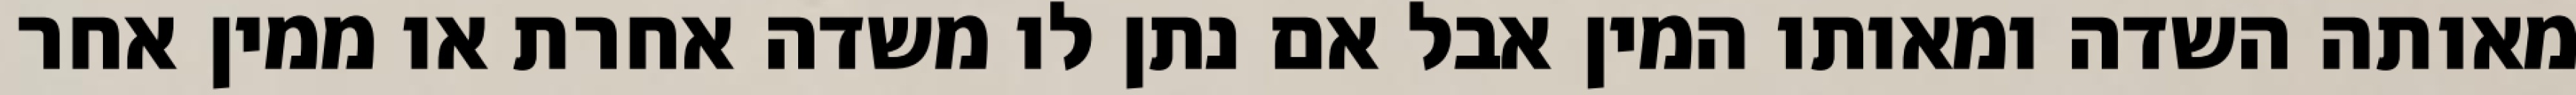
מאותה השדה ומאותו המין אבל אם נתן לו משדה אחרת או ממין אחר